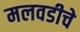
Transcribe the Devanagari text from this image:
मलवडीचे